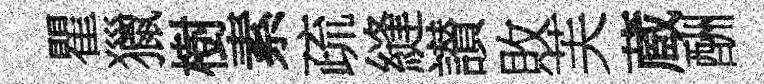
瞿獵樹素疏縫讃敗芙蔵酬